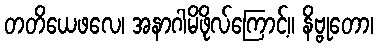
တတိယေဖလေ၊ အနာဂါမိဖိုလ်ကြောင့်။ နိဗ္ဗုတော၊